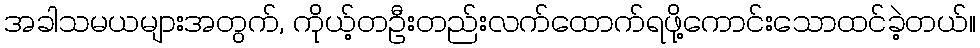
အခါသမယများအတွက်, ကိုယ့်တဦးတည်းလက်ထောက်ရဖို့ကောင်းသောထင်ခဲ့တယ်။